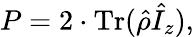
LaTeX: P=2\cdot\mathrm{Tr}(\hat{\rho}\hat{I}_{z}),